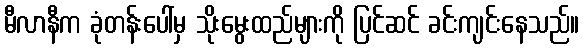
မီလာနီက ခုံတန်းပေါ်မှ သိုးမွေးထည်များကို ပြင်ဆင် ခင်းကျင်းနေသည်။